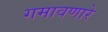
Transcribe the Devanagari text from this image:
गमावणारे